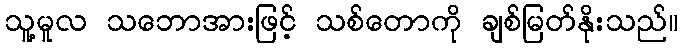
သူ့မူလ သဘောအားဖြင့် သစ်တောကို ချစ်မြတ်နိုးသည်။